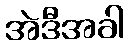
အဲဒီအခါ